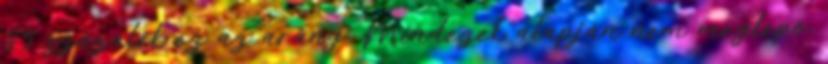
85 százalék ez az arány. Mindezek alapján nem meglepő,